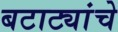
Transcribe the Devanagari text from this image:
बटाट्यांचे